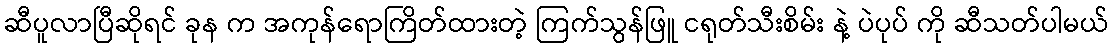
ဆီပူလာပြီဆိုရင် ခုန က အကုန်ရောကြိတ်ထားတဲ့ ကြက်သွန်ဖြူ ငရုတ်သီးစိမ်း နဲ့ ပဲပုပ် ကို ဆီသတ်ပါမယ်